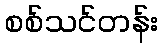
စစ်သင်တန်း